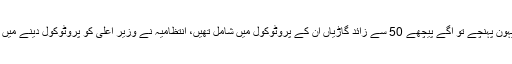
وزیراعلی سندھ مراد علی شاہ جب سیہون پہنچے تو آگے پیچھے 50 سے زائد گاڑیاں ان کے پروٹوکول میں شامل تھیں، انتظامیہ نے وزیر اعلی کو پروٹوکول دینے میں اگلے پچھلے تمام ریکارڈ توڑ ڈالے ۔